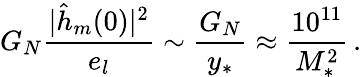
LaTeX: G_{N}{\frac{|\hat{h}_{m}(0)|^{2}}{e_{l}}}\sim{\frac{G_{N}}{y_{*}}}\approx{\frac{10^{11}}{M_{*}^{2}}}\, .